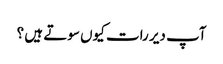
آپ دیر رات کیوں سوتے ہیں ؟